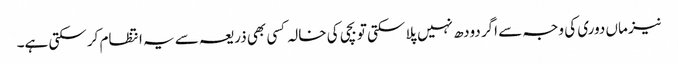
نیز ماں دوری کی وجہ سے اگر دودھ نہیں پلا سکتی تو بچی کی خالہ کسی بھی ذریعہ سے یہ انتظام کر سکتی ہے۔